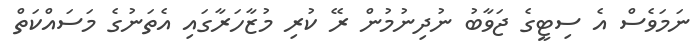
ނަމަވެސް އެ ސިޓީގެ ޖަވާބު ނުދިނުމުން ރޭ ކުރި މުޒާހަރާގައި އެތަނުގެ މަސައްކަތް